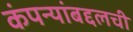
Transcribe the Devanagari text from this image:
कंपन्यांबद्दलची